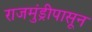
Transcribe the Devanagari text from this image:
राजमुंड्रीपासून